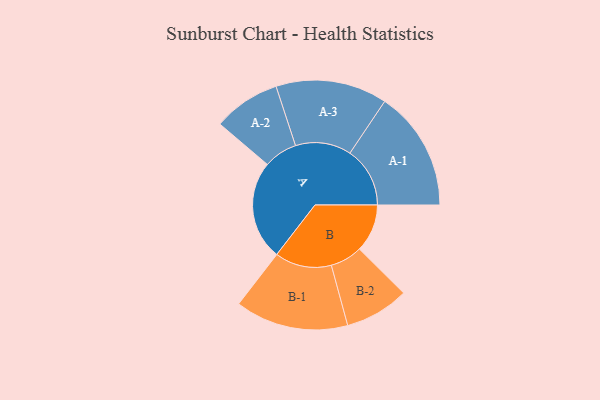
{"axis": {"x": "Segment", "y": "Value"}, "legend": ["", "A", "B"], "data": [{"x": "A", "y": 466, "type": ""}, {"x": "B", "y": 225, "type": ""}, {"x": "A-1", "y": 282, "type": "A"}, {"x": "A-2", "y": 158, "type": "A"}, {"x": "A-3", "y": 262, "type": "A"}, {"x": "B-1", "y": 266, "type": "B"}, {"x": "B-2", "y": 151, "type": "B"}]}